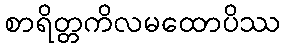
စာရိတ္တကိလမထောပိဿ